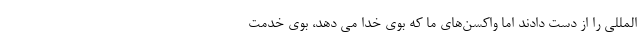
المللی را از دست دادند اما واکسن‌های ما که بوی خدا می دهد، بوی خدمت